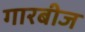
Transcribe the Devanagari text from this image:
गारबीज